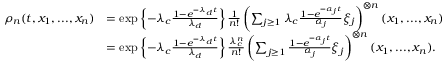
\begin{array} { r l } { \rho _ { n } ( t , x _ { 1 } , . . . , x _ { n } ) } & { = \exp \left\{ - \lambda _ { c } \frac { 1 - e ^ { - \lambda _ { d } t } } { \lambda _ { d } } \right\} \frac { 1 } { n ! } \left( \sum _ { j \geq 1 } \lambda _ { c } \frac { 1 - e ^ { - \alpha _ { j } t } } { \alpha _ { j } } \xi _ { j } \right) ^ { \otimes n } ( x _ { 1 } , . . . , x _ { n } ) } \\ & { = \exp \left\{ - \lambda _ { c } \frac { 1 - e ^ { - \lambda _ { d } t } } { \lambda _ { d } } \right\} \frac { \lambda _ { c } ^ { n } } { n ! } \left( \sum _ { j \geq 1 } \frac { 1 - e ^ { - \alpha _ { j } t } } { \alpha _ { j } } \xi _ { j } \right) ^ { \otimes n } ( x _ { 1 } , . . . , x _ { n } ) . } \end{array}